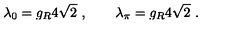
\lambda _ { 0 } = g _ { R } 4 \sqrt { 2 } \ , \qquad \lambda _ { \pi } = g _ { R } 4 \sqrt { 2 } \ .